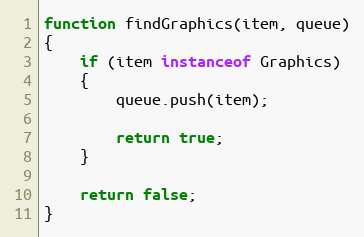
Language: JavaScript
function findGraphics(item, queue)
{
    if (item instanceof Graphics)
    {
        queue.push(item);

        return true;
    }

    return false;
}